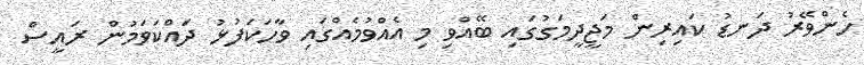
ހެންވޭރު ދަނޑު ކައިރިން މަޖީދީމަގުގައި ބޭއްވި މި އެއްވުމެއްގައި ވާހަކަފުޅު ދައްކަވަމުން ރައީސް